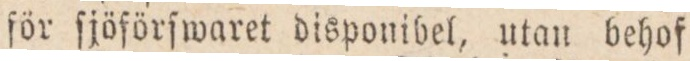
för ſjöförſwaret disponibel, utan behof